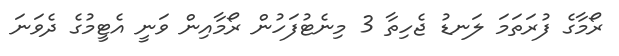
ރޯމާގެ ފުރަތަމަ ލަނޑު ޖެހިތާ 3 މިނެޓުފަހުން ރޯމާއިން ވަނީ އެޓީމުގެ ދެވަނަ